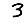
Digit: 3